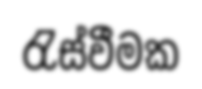
රැස්වීමක